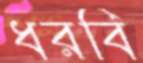
ধরবি